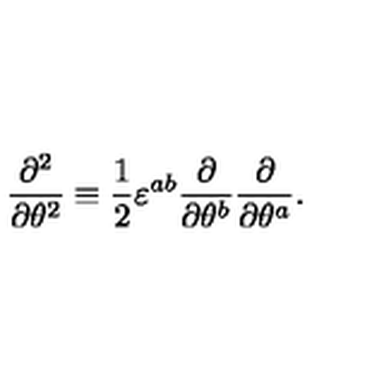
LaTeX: \frac { \partial ^ { 2 } } { \partial \theta ^ { 2 } } \equiv \frac { 1 } { 2 } \varepsilon ^ { a b } \frac { \partial } { \partial \theta ^ { b } } \frac { \partial } { \partial \theta ^ { a } } .